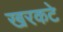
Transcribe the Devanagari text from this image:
खरकटे